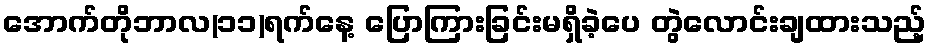
အောက်တိုဘာလ(၁၁)ရက်နေ့ ပြောကြားခြင်းမရှိခဲ့ပေ တွဲလောင်းချထားသည့်